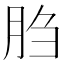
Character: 𰮙